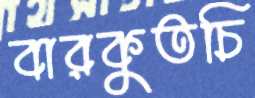
বারকুতচি